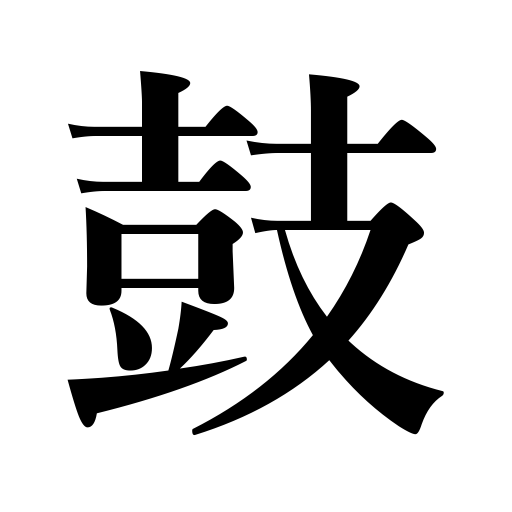
Meanings: drum